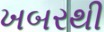
ખબરથી